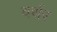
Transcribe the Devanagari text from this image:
वर्थर